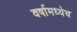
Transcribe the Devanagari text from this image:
वर्षामध्येच